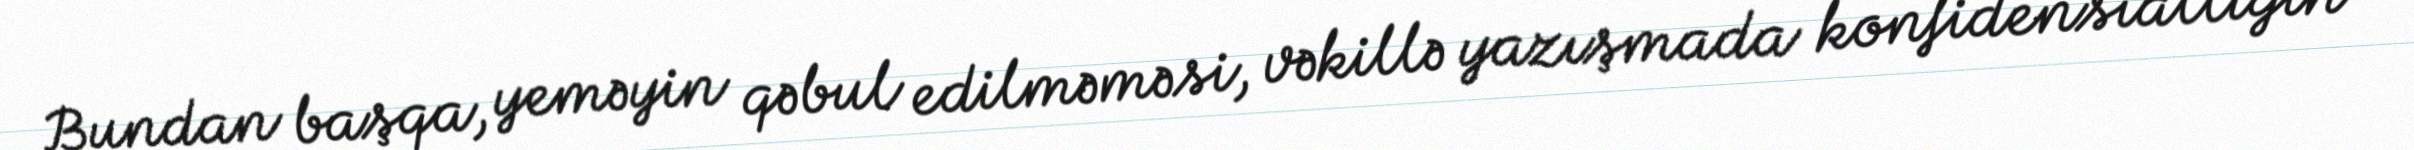
Bundan başqa, yeməyin qəbul edilməməsi, vəkillə yazışmada konfidensiallığın